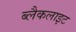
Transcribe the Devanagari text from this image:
ब्लैकलाइट